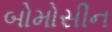
બોમોસીન